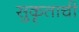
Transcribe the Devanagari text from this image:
सुकृताची